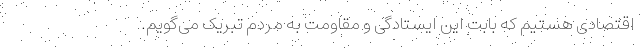
اقتصادی هستیم که بابت این ایستادگی و مقاومت به مردم تبریک می‌گویم.